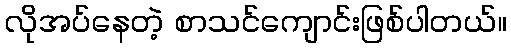
လိုအပ်နေတဲ့ စာသင်ကျောင်းဖြစ်ပါတယ်။